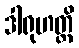
ဒါရုဟတ္ထိ